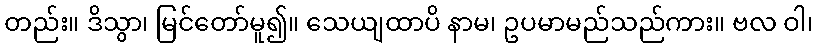
တည်း။ ဒိသွာ၊ မြင်တော်မူ၍။ သေယျထာပိ နာမ၊ ဥပမာမည်သည်ကား။ ဗလ ဝါ၊